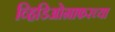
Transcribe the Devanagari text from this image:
व्हिडिओग्राफरच्या